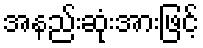
အနည်းဆုံးအားဖြင့်